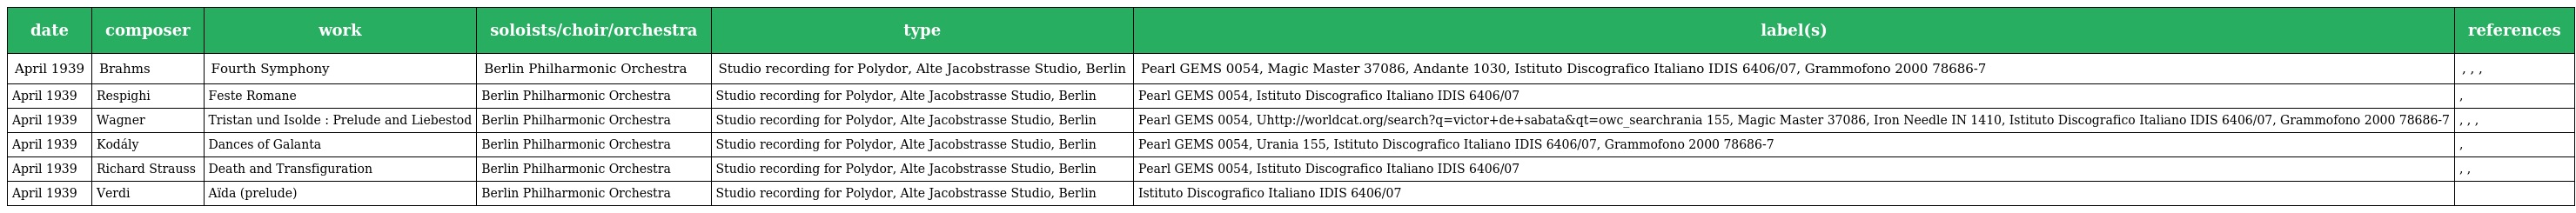
| date | composer | work | soloists/choir/orchestra | type | label(s) | references |
 | --- | --- | --- | --- | --- | --- | --- |
 | April 1939 | Brahms | Fourth Symphony | Berlin Philharmonic Orchestra | Studio recording for Polydor, Alte Jacobstrasse Studio, Berlin | Pearl GEMS 0054, Magic Master 37086, Andante 1030, Istituto Discografico Italiano IDIS 6406/07, Grammofono 2000 78686-7 | , , , |
 | April 1939 | Respighi | Feste Romane | Berlin Philharmonic Orchestra | Studio recording for Polydor, Alte Jacobstrasse Studio, Berlin | Pearl GEMS 0054, Istituto Discografico Italiano IDIS 6406/07 | , |
 | April 1939 | Wagner | Tristan und Isolde : Prelude and Liebestod | Berlin Philharmonic Orchestra | Studio recording for Polydor, Alte Jacobstrasse Studio, Berlin | Pearl GEMS 0054, Uhttp://worldcat.org/search?q=victor+de+sabata&qt=owc_searchrania 155, Magic Master 37086, Iron Needle IN 1410, Istituto Discografico Italiano IDIS 6406/07, Grammofono 2000 78686-7 | , , , |
 | April 1939 | Kodály | Dances of Galanta | Berlin Philharmonic Orchestra | Studio recording for Polydor, Alte Jacobstrasse Studio, Berlin | Pearl GEMS 0054, Urania 155, Istituto Discografico Italiano IDIS 6406/07, Grammofono 2000 78686-7 | , |
 | April 1939 | Richard Strauss | Death and Transfiguration | Berlin Philharmonic Orchestra | Studio recording for Polydor, Alte Jacobstrasse Studio, Berlin | Pearl GEMS 0054, Istituto Discografico Italiano IDIS 6406/07 | , , |
 | April 1939 | Verdi | Aïda (prelude) | Berlin Philharmonic Orchestra | Studio recording for Polydor, Alte Jacobstrasse Studio, Berlin | Istituto Discografico Italiano IDIS 6406/07 |  |